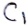
Text: C1